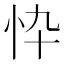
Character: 忰